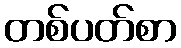
တစ်ပတ်စာ